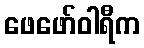
ဖေဖော်ဝါရီက